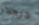
درجات